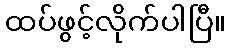
ထပ်ဖွင့်လိုက်ပါပြီ။